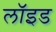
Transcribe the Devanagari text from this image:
लाॅइड